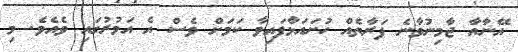
އޭނާއާ ޖާމިނުވާނެ ފަރާތެއް ހުށައަޅާފައިވާ ކަމަަށް ވެސް އެ އަމުރުގައި ވެއެވެ. މި